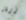
زرقاء